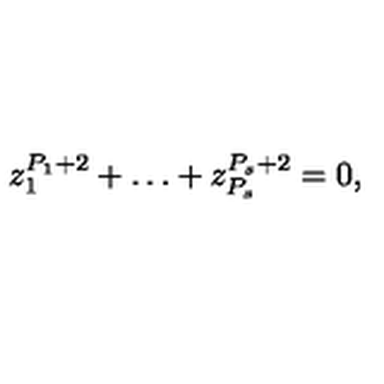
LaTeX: z _ { 1 } ^ { P _ { 1 } + 2 } + \dots + z _ { P _ { s } } ^ { P _ { s } + 2 } = 0 ,